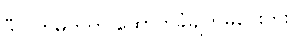
ဒီလက်မှတ်က ထောက်ခံချက်မပေးဘူး။